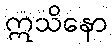
ဣသိနော